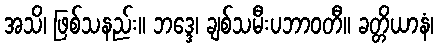
အသိ၊ ဖြစ်သနည်း။ ဘဒ္ဒေ၊ ချစ်သမီးပဘာဝတီ။ ခတ္တိယာနံ၊